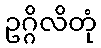
ဥဂ္ဂိလိတုံ